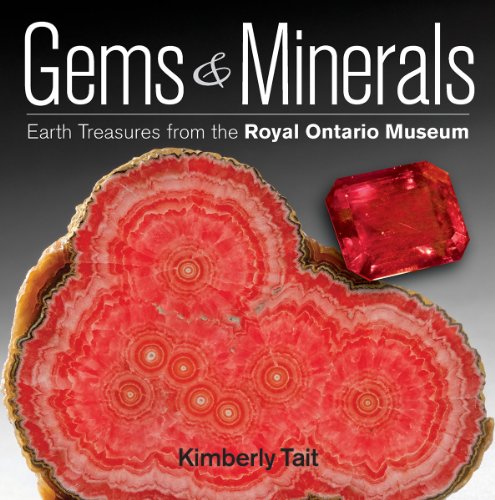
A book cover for Gems and Minerals: Earth Treasures from the Royal Ontario Museum; Kimberly Tait; Science & Math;